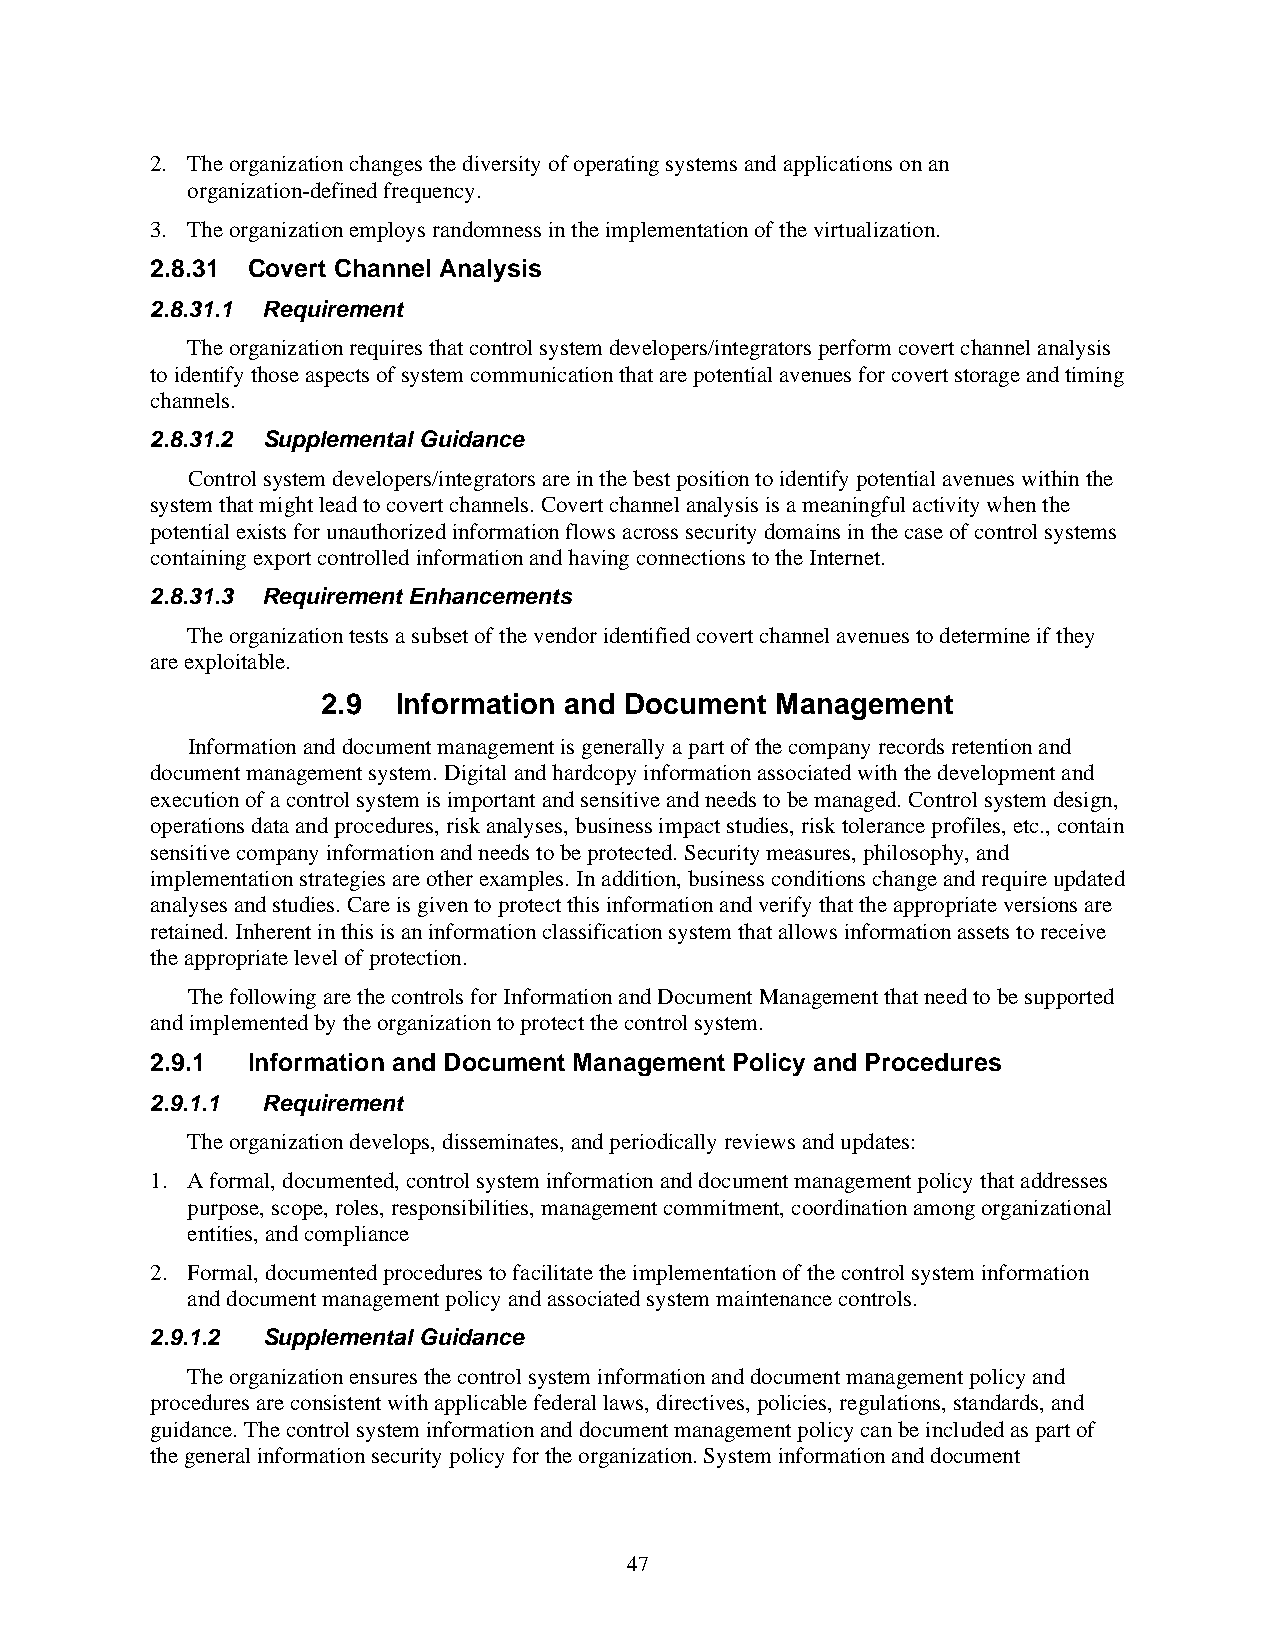
2. The organization changes the diversity of operating systems and applications on an
 organization-defined frequency.
 3. The organization employs randomness in the implementation of the virtualization.
 2.8.31 Covert Channel Analysis
 2.8.31.1 Requirement
 The organization requires that control system developers/integrators perform covert channel analysis
 to identify those aspects of system communication that are potential avenues for covert storage and timing
 channels.
 2.8.31.2 Supplemental Guidance
 Control system developers/integrators are in the best position to identify potential avenues within the
 system that might lead to covert channels. Covert channel analysis is a meaningful activity when the
 potential exists for unauthorized information flows across security domains in the case of control systems
 containing export controlled information and having connections to the Internet.
 2.8.31.3 Requirement Enhancements
 The organization tests a subset of the vendor identified covert channel avenues to determine if they
 are exploitable.
 2.9  Information and Document Management
 Information and document management is generally a part of the company records retention and
 document management system. Digital and hardcopy information associated with the development and
 execution of a control system is important and sensitive and needs to be managed. Control system design,
 operations data and procedures, risk analyses, business impact studies, risk tolerance profiles, etc., contain
 sensitive company information and needs to be protected. Security measures, philosophy, and
 implementation strategies are other examples. In addition, business conditions change and require updated
 analyses and studies. Care is given to protect this information and verify that the appropriate versions are
 retained. Inherent in this is an information classification system that allows information assets to receive
 the appropriate level of protection.
 The following are the controls for Information and Document Management that need to be supported
 and implemented by the organization to protect the control system.
 2.9.1 Information and Document Management Policy and Procedures
 2.9.1.1 Requirement
 The organization develops, disseminates, and periodically reviews and updates:
 1. A formal, documented, control system information and document management policy that addresses
 purpose, scope, roles, responsibilities, management commitment, coordination among organizational
 entities, and compliance
 2. Formal, documented procedures to facilitate the implementation of the control system information
 and document management policy and associated system maintenance controls.
 2.9.1.2 Supplemental Guidance
 The organization ensures the control system information and document management policy and
 procedures are consistent with applicable federal laws, directives, policies, regulations, standards, and
 guidance. The control system information and document management policy can be included as part of
 the general information security policy for the organization. System information and document
 47